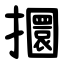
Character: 攌